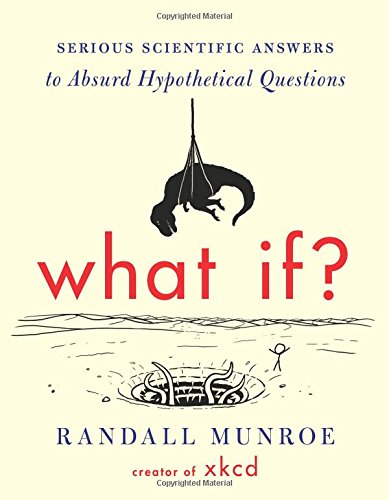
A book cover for What If?: Serious Scientific Answers to Absurd Hypothetical Questions; Randall Munroe; Humor & Entertainment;